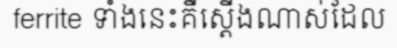
ferrite ទាំងនេះគឺស្តើងណាស់ដែល